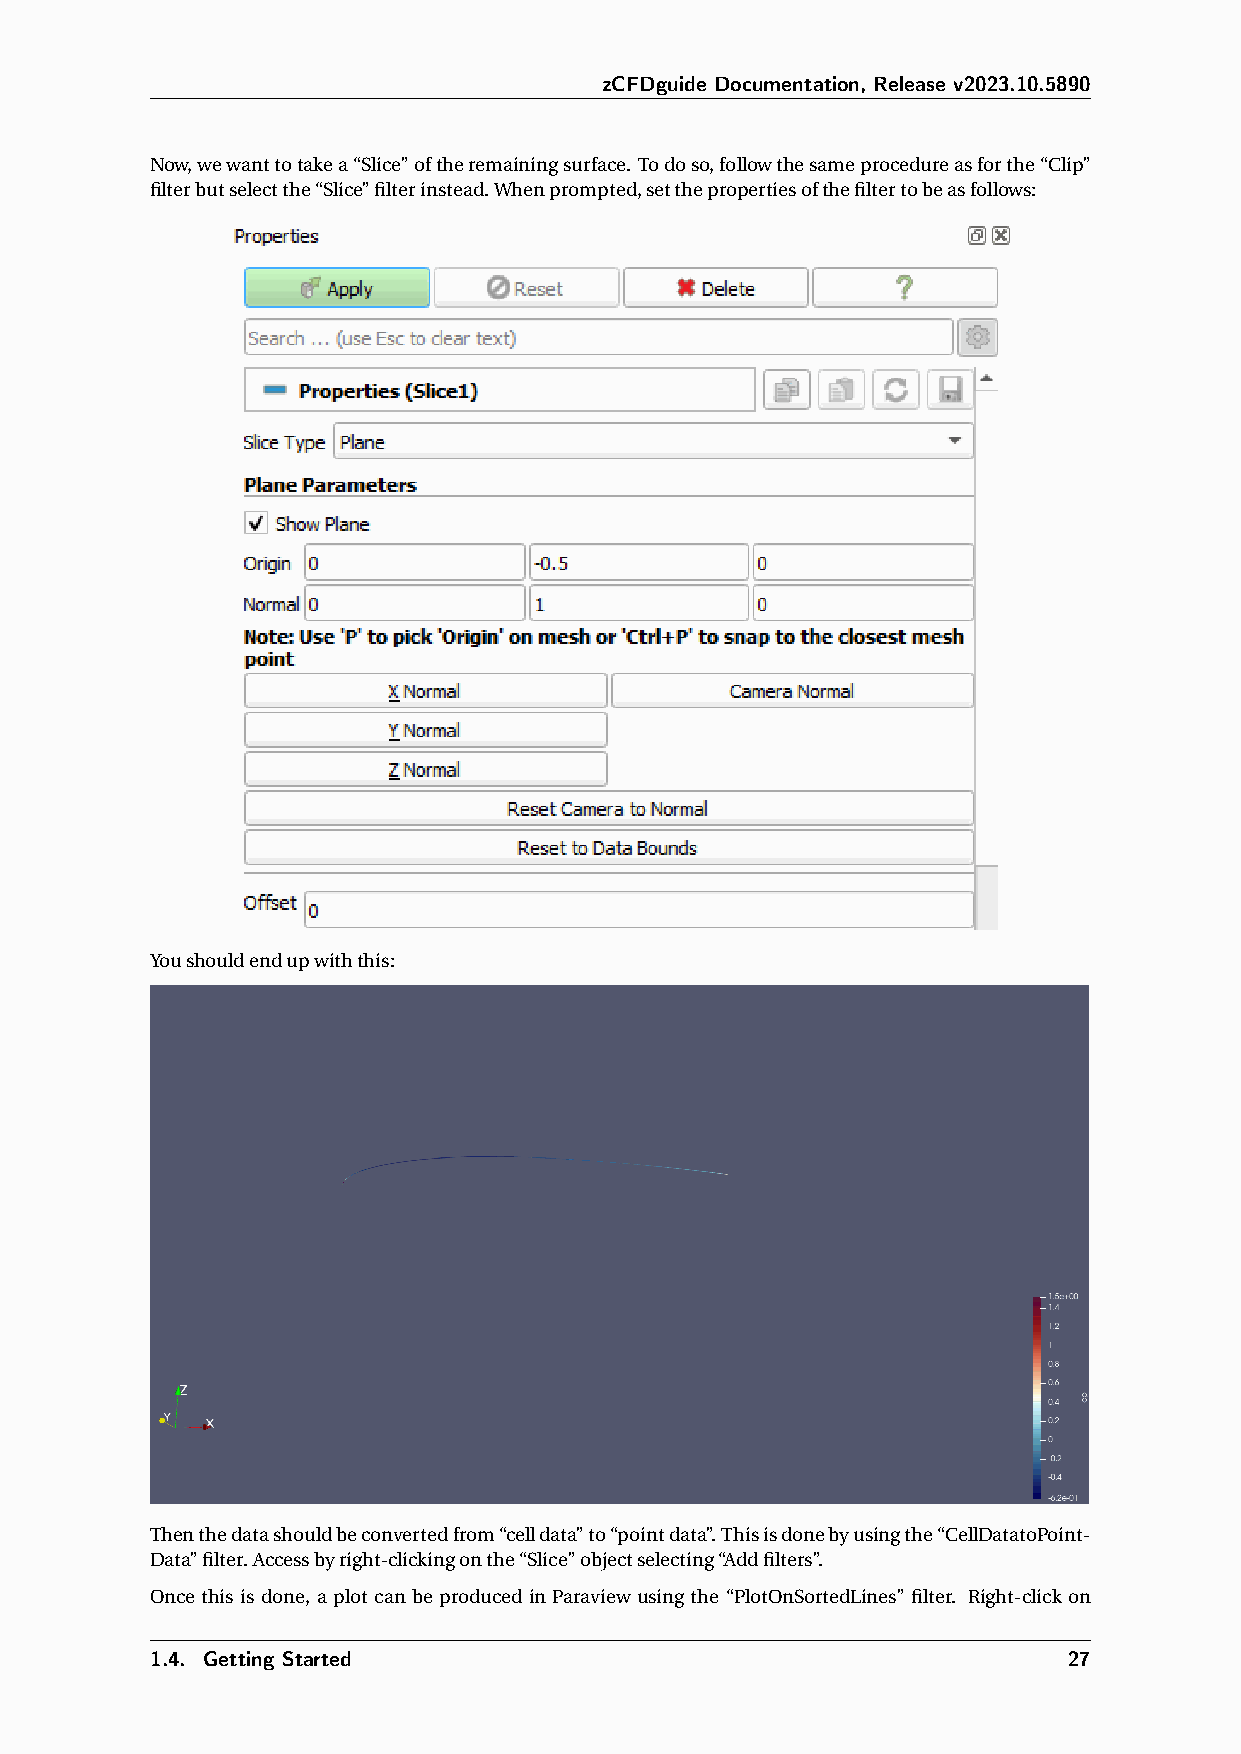
zCFDguide Documentation, Release v2023.10.5890
 Now,wewanttotakea“Slice”oftheremainingsurface. Todoso,followthesameprocedureasforthe“Clip”
 filterbutselectthe“Slice”filterinstead.Whenprompted,setthepropertiesofthefiltertobeasfollows:
 Youshouldendupwiththis:
 Thenthedatashouldbeconvertedfrom“celldata”to“pointdata”.Thisisdonebyusingthe“CellDatatoPoint-
 Data”filter.Accessbyright-clickingonthe“Slice”objectselecting“Addfilters”.
 Once this is done, a plot can be produced in Paraview using the “PlotOnSortedLines” filter. Right-click on
 1.4. Getting Started                                         27